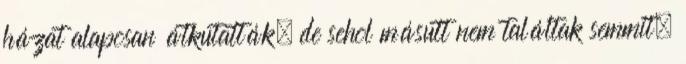
házat alaposan átkutatták, de sehol másutt nem találtak semmit,